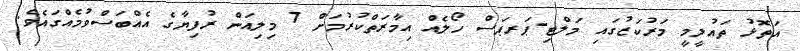
އަތޮޅު ތައުލީމީ މަރުކަޒުގައި މަލްޓި-ޕަރޕަސް ހޯލެއް އިމާރަތްކުރުމަށް 7 މިލިއަން ރުފިޔާގެ އެއްބަސްވުމެއްގައެވެ.